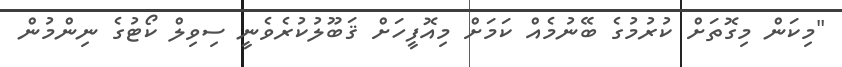
"މިކަން މިގޮތަށް ކުރުމުގެ ބޭނުމެއް ކަމަށް މިއޮފީހަށް ޤަބޫލުކުރެވެނީ ސިވިލް ކޯޓުގެ ނިންމުން